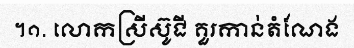
។១. លោកស្រីស៊ូជី គួរកាន់តំណែង